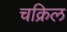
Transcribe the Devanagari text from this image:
चक्रिल